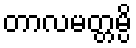
တာလမတ္တမ္ပိ